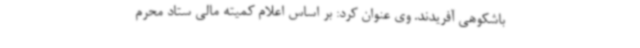
باشکوهی آفریدند. وی عنوان کرد: بر اساس اعلام کمیته مالی ستاد محرم